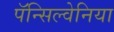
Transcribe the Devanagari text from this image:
पॅन्सिल्वेनिया